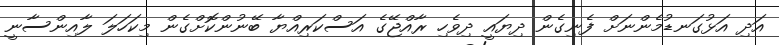
އަދި އަޅުގަނޑުމެންނަށް ފެނިގެން ދިޔައީ ދިވެހި ރާއްޖޭގެ އަސްކަރިއްޔާ ބޭނުންކޮށްގެން މިކަހަލަ ލާއިންސާނީ